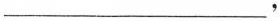
___，